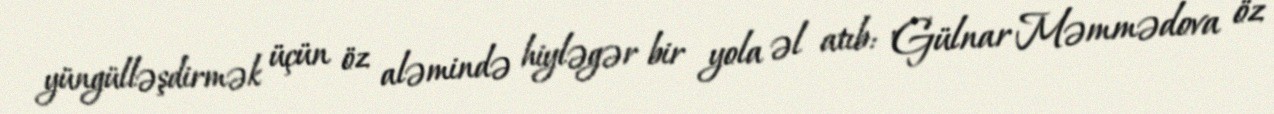
yüngülləşdirmək üçün öz aləmində hiyləgər bir yola əl atıb: "Gülnar Məmmədova öz